Report on vaccination in Madras 1904-1921 - 1904-1921
Year: 1904
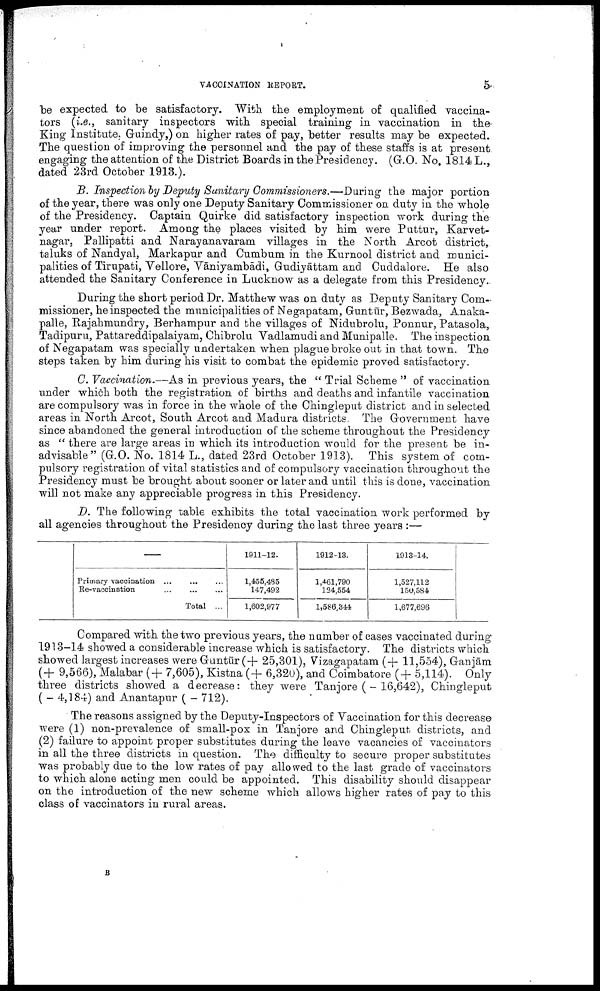
VACCINATION REPORT.
5
be expected to be satisfactory. With the employment of qualified vaccina
tors (i.e., sanitary inspectors with special training in vaccination in the
King Institute, Guindy,) on higher rates of pay, better results may be expected.
The question of improving the personnel and the pay of these staffs is at present
engaging the attention of the District Boards in the Presidency. (G.O. No. 1814 L.,
dated 23rd October 1913.).
B. Inspection by Deputy Sanitary Commissioners.—During the major portion
of the year, there was only one Deputy Sanitary Commissioner on duty in the whole
of the Presidency. Captain Quirke did satisfactory inspection work during the
year under report. Among the places visited by him were Puttur, Karvet¬
nagar, Pallipatti and Narayanavaram villages in the North Arcot district,
taluks of Nandyal, Markapur and Cumbum in the Kurnool district and munici
palities of Tirupati, Vellore, Vāniyambādi, Gudiyāttam and Cuddalore. He also
attended the Sanitary Conference in Lucknow as a delegate from this Presidency..
During the short period Dr. Matthew was on duty as Deputy Sanitary Com
missioner, he inspected the municipalities of Negapatam, Guntūr, Bezwada, Anaka¬
palle, Rajahmundry, Berhampur and the villages of Nidubrolu, Ponnur, Patasola,
Tadipuru, Pattareddipalaiyam, Chibrolu Vadlamudi and Munipalle. The inspection
of Negapatam was specially undertaken when plague broke out in that town. The
steps taken by him during his visit to combat the epidemic proved satisfactory.
C. Vaccination.—As in previous years, the " Trial Scheme " of vaccination
under which both the registration of births and deaths and infantile vaccination
are compulsory was in force in the whole of the Chingleput district and in selected
areas in North Arcot, South Arcot and Madura districts. The Government have
since abandoned the general introduction of the scheme throughout the Presidency
as " there are large areas in which its introduction would for the present be in
advisable" (G.O. No. 1814 L., dated 23rd October 1913). This system of com
pulsory registration of vital statistics and of compulsory vaccination throughout the
Presidency must be brought about sooner or later and until this is done, vaccination
will not make any appreciable progress in this Presidency.
D. The following table exhibits the total vaccination work performed by
all agencies throughout the Presidency during the last three years :—
—
Primary vaccination
...
...
...
Re-vaccination ... ... ...
Total ...
1911-12.
1,455,485
147,492
1,602,977
1912-13.
1,461,790
124,554
1,586,344
1913-14.
1,527,112
150,584
1,677,696
Compared with the two previous years, the number of cases vaccinated during
1913-14 showed a considerable increase which is satisfactory. The districts which
showed largest increases were Guntūr ( + 25,301), Vizagapatam (+ 11,554), Ganjām
(+ 9,566), Malabar (+ 7,605), Kistna (+ 6,320), and Coimbatore (+ 5,114). Only
three districts showed a decrease: they were Tanjore (-16,642), Chingleput
( - 4,184) and Anantapur ( - 712).
The reasons assigned by the Deputy-Inspectors of Vaccination for this decrease
were (1) non-prevalence of small-pox in Tanjore and Chingleput. districts, and
(2) failure to appoint proper substitutes during the leave vacancies of vaccinators
in all the three districts in question. The difficulty to secure proper substitutes
was probably due to the low rates of pay allowed to the last grade of vaccinators
to which alone acting men could be appointed. This disability should disappear
on the introduction of the new scheme which allows higher rates of pay to this
class of vaccinators in rural areas.
B